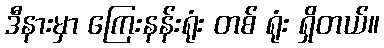
ဒီနားမှာ ကြေးနန်းရုံး တစ် ရုံး ရှိတယ်။